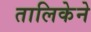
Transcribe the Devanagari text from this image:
तालिकेने